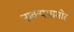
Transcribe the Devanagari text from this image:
नाक्‍यासमोर